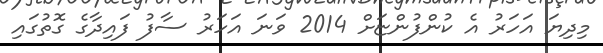
މިދިޔަ އަހަރު އެ ކުންފުންޏަށް 2014 ވަނަ އަހަރު ސާފު ފައިދާގެ ގޮތުގައި